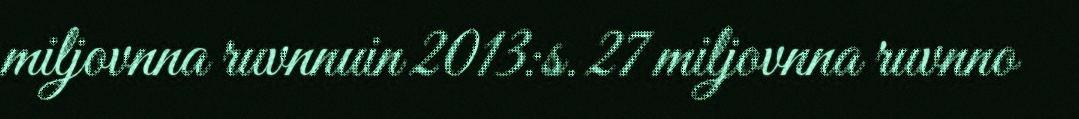
miljovnna ruvnnuin 2013:s. 27 miljovnna ruvnno